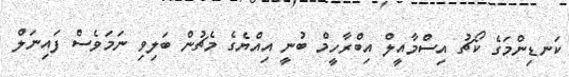
ކަނޑިންމަގެ ކޯޗު އިސްމާއީލް އިބްރާހީމް ބުނީ އިއްޔެގެ މެޗުން ބަލިވި ނަމަވެސް ފައިނަލް